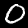
Label: 0